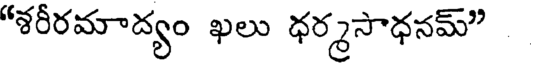
"శరీరమాద్యం ఖలు ధర్మసాధనమ్"